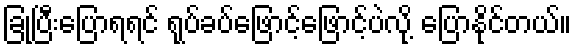
ခြုံပြီးပြောရရင် ရုပ်ခပ်ဖြောင့်ဖြောင့်ပဲလို့ ပြောနိုင်တယ်။